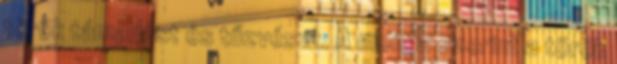
török támadást és tűzvészt. A monda szerint a török